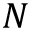
N